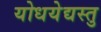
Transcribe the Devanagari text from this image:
योधयेद्यस्तु